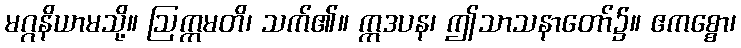
မဂ္ဂနိယာမသို့။ ဩက္ကမတိ၊ သက်၏။ ဣဒပန၊ ဤသာသနာတော်၌။ ဧကစ္စော၊